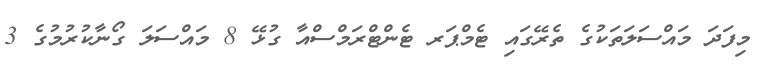
މިފަދަ މައްސަލަތަކުގެ ތެރޭގައި ޓެމްޕަރ ޓެންޓްރަމްސްއާ ގުޅޭ 8 މައްސަލަ ގޯނާކުރުމުގެ 3